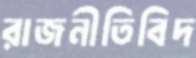
রাজনীতিবিদ